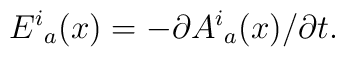
{E^i}_a(x)=-\partial{ A^i}_a(x)/ \partial t.